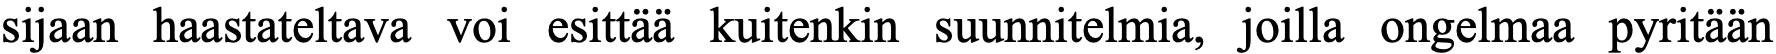
sijaan haastateltava voi esittää kuitenkin suunnitelmia, joilla ongelmaa pyritään